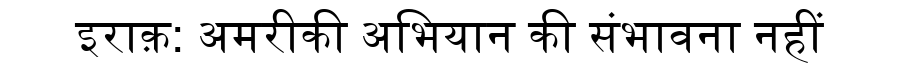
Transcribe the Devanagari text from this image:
इराक़: अमरीकी अभियान की संभावना नहीं